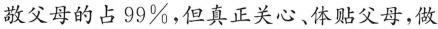
敬父母的占99\%，但真正关心、体贴父母，做